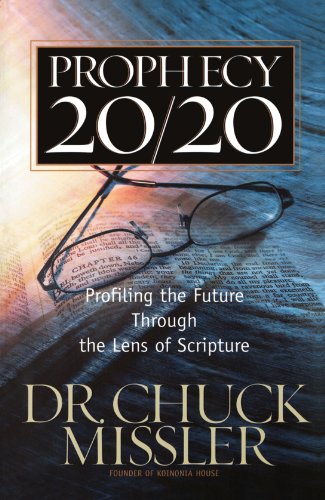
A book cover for Prophecy 20/20: Profiling the Future Through the Lens of Scripture; Chuck Missler; Christian Books & Bibles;